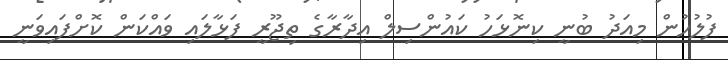
ފުލުހުން މިއަދު ބުނީ ކިނޮޅަހު ކައުންސިލް އިދާރާގެ ތިޖޫރީ ފަޅާލައި ވައްކަން ކޮށްފައިވަނީ